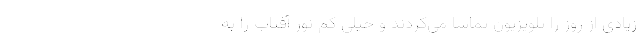
زیادی از روز را تلویزیون تماشا می‌کردند و خیلی کم نور آفتاب را به